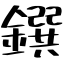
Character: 鐉